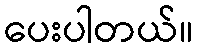
ပေးပါတယ်။